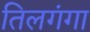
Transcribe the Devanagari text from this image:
तिलगंगा